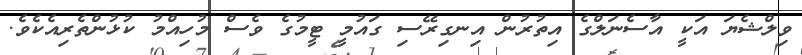
ވިލްޝެޔަ އަކީ އާސެނަލްގެ އިތުރުން އިނގިރޭސި ގައުމީ ޓީމުގެ ވެސް މުހިއްމު ކުޅުންތެރިއެކެވެ.